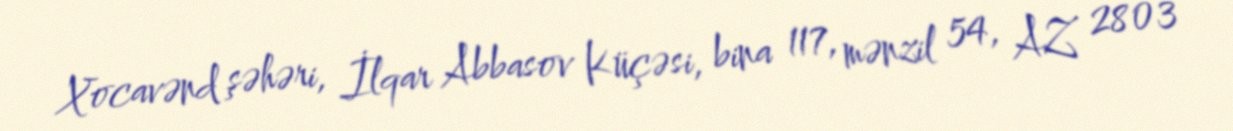
Xocavənd şəhəri, İlqar Abbasov Küçəsi, bina 117, mənzil 54, AZ 2803